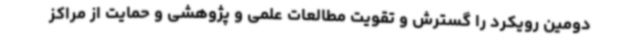
دومین رویکرد را گسترش و تقویت مطالعات علمی و پژوهشی و حمایت از مراکز